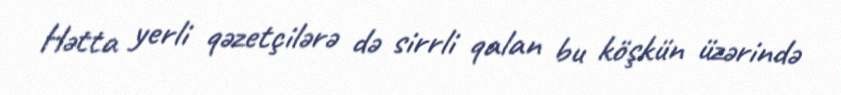
Hətta yerli qəzetçilərə də sirrli qalan bu köşkün üzərində